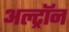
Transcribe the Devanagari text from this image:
अल्ट्राॅन